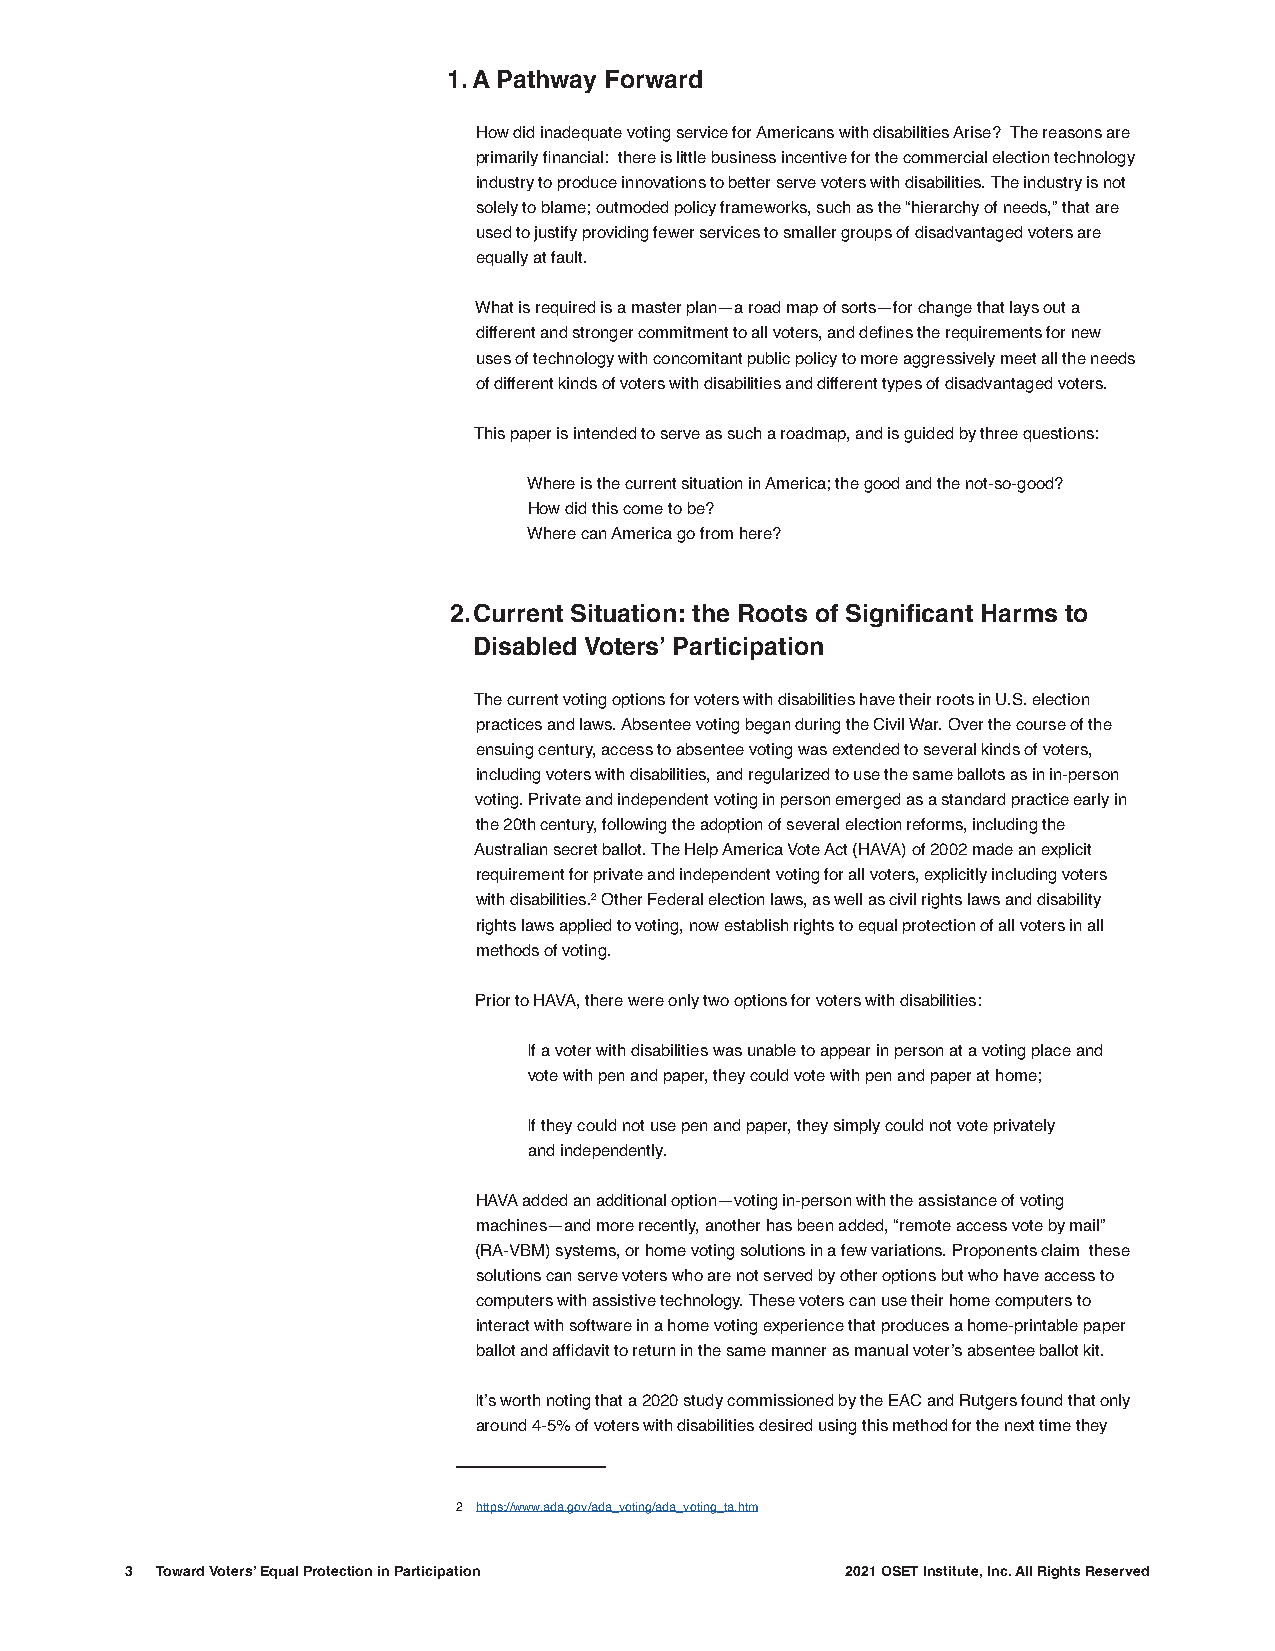
1. A Pathway Forward
 How did inadequate voting service for Americans with disabilities Arise? The reasons are
 primarily financial: there is little business incentive for the commercial election technology
 industry to produce innovations to better serve voters with disabilities. The industry is not
 solely to blame; outmoded policy frameworks, such as the “hierarchy of needs,” that are
 used to justify providing fewer services to smaller groups of disadvantaged voters are
 equally at fault.
 What is required is a master plan—a road map of sorts—for change that lays out a
 different and stronger commitment to all voters, and defines the requirements for new
 uses of technology with concomitant public policy to more aggressively meet all the needs
 of different kinds of voters with disabilities and different types of disadvantaged voters.
 This paper is intended to serve as such a roadmap, and is guided by three questions:
 Where is the current situation in America; the good and the not-so-good?
 How did this come to be?
 Where can America go from here?
 2. Current Situation: the Roots of Significant Harms to
 Disabled Voters’ Participation
 The current voting options for voters with disabilities have their roots in U.S. election
 practices and laws. Absentee voting began during the Civil War. Over the course of the
 ensuing century, access to absentee voting was extended to several kinds of voters,
 including voters with disabilities, and regularized to use the same ballots as in in-person
 voting. Private and independent voting in person emerged as a standard practice early in
 the 20th century, following the adoption of several election reforms, including the
 Australian secret ballot. The Help America Vote Act (HAVA) of 2002 made an explicit
 requirement for private and independent voting for all voters, explicitly including voters
 with disabilities.2 Other Federal election laws, as well as civil rights laws and disability
 rights laws applied to voting, now establish rights to equal protection of all voters in all
 methods of voting.
 Prior to HAVA, there were only two options for voters with disabilities:
 If a voter with disabilities was unable to appear in person at a voting place and
 vote with pen and paper, they could vote with pen and paper at home;
 If they could not use pen and paper, they simply could not vote privately
 and independently.
 HAVA added an additional option—voting in-person with the assistance of voting
 machines—and more recently, another has been added, “remote access vote by mail”
 (RA-VBM) systems, or home voting solutions in a few variations. Proponents claim these
 solutions can serve voters who are not served by other options but who have access to
 computers with assistive technology. These voters can use their home computers to
 interact with software in a home voting experience that produces a home-printable paper
 ballot and affidavit to return in the same manner as manual voter’s absentee ballot kit.
 It’s worth noting that a 2020 study commissioned by the EAC and Rutgers found that only
 around 4-5% of voters with disabilities desired using this method for the next time they
 2 https://www.ada.gov/ada_voting/ada_voting_ta.htm
 3 Toward Voters’ Equal Protection in Participation 2021 OSET Institute, Inc. All Rights Reserved